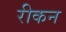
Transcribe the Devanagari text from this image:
रीकन